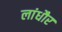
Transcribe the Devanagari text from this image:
लांधौर